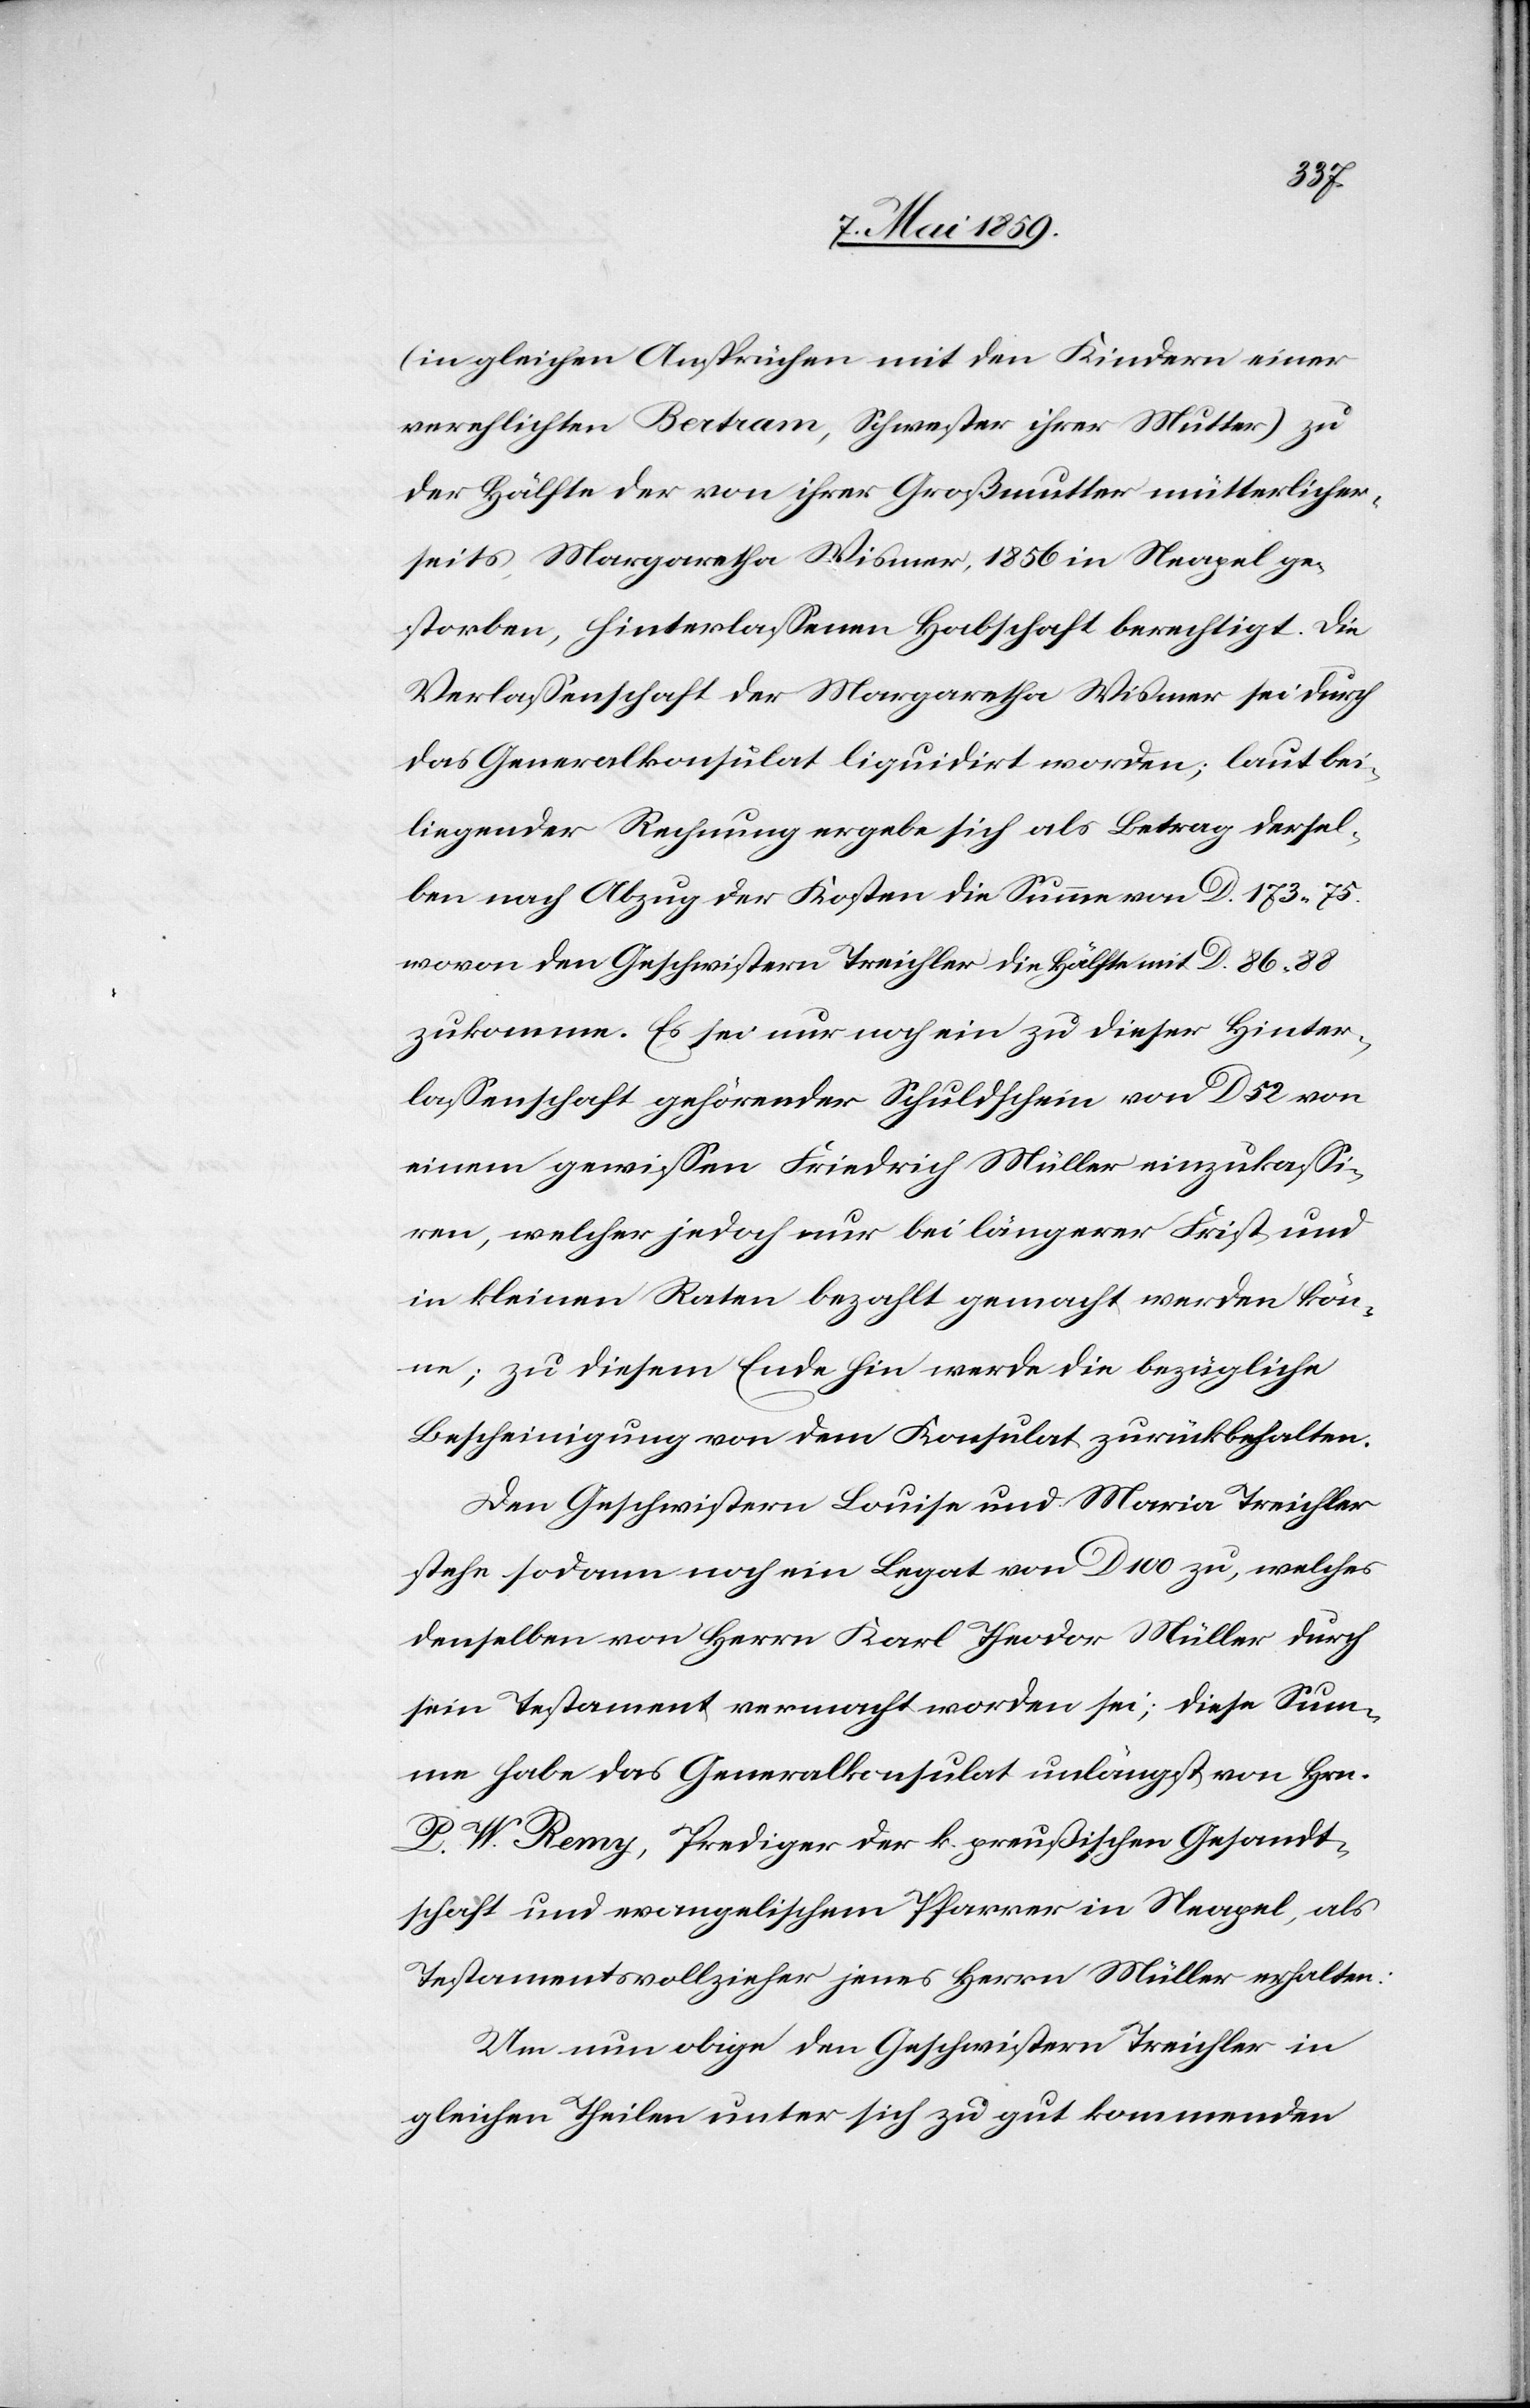
(in gleichen Ansprüchen mit den Kindern einer
verehlichten Bertram, Schwester ihrer Mutter) zu
der Hälfte der von ihrer Großmutter mütterlicher¬
seits Margaretha Wismer, 1856 in Neapel ge¬
storben, hinterlaßenen Habschaft berechtigt. Die
Verlaßenschaft der Margaretha Wismer sei durch
das Generalkonsulat liquidirt worden; laut bei¬
liegender Rechnung ergebe sich als Betrag dersel¬
ben nach Abzug der Kosten die Summe von D. 173.75
wovon den Geschwistern Treichler die Hälfte mit D. 86.88
zukomme. Es sei nur noch ein zu dieser Hinter¬
laßenschaft gehörender Schuldschein von D 52 von
einem gewißen Friedrich Müller einzukaßi¬
ren, welcher jedoch nur bei längerer Frist und
in kleinen Raten bezahlt gemacht werden kön¬
ne; zu diesem Ende hin werde die bezügliche
Bescheinigung von dem Konsulat zurückbehalten.
Den Geschwistern Louise und Maria Treichler
stehe sodann noch ein Legat von D 100 zu, welches
denselben von Herrn Karl Theodor Müller durch
sein Testament vermacht worden sei; diese Sum¬
me habe das Generalkonsulat unlängst von Hrn.
P. W. Remy, Prediger der k. preußischen Gesandt¬
schaft und evangelischem Pfarrer in Neapel, als
Testamentsvollzieher jenes Herrn Müller erhalten:
Um nun obige den Geschwistern Treichler in
gleichen Theilen unter sich zu gut kommenden